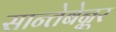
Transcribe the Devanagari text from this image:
सान्तेबेन्नूर